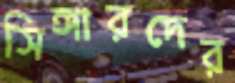
সিঙ্গারদের